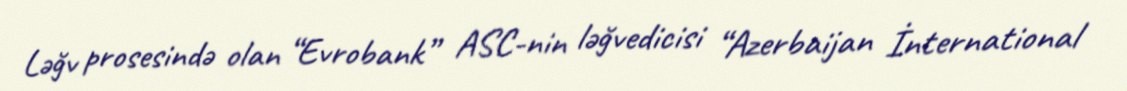
Ləğv prosesində olan “Evrobank” ASC-nin ləğvedicisi “Azerbaijan İnternational